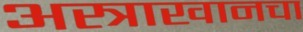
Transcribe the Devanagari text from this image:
अस्त्राखानचा